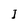
Character: I